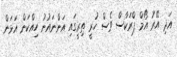
އަދި އޭރު އޯމް ޕްރަކާސް ވެސް ހުރީ ތިރީގައި އަންނައުނު ހިއްކަން އަޅަން